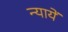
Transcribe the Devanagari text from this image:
न्यायें